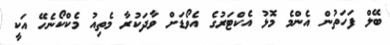
ބޭލް ފަހަތުން އެންމެ މޮޅު އެކްޓަރުގެ އެވޯޑަށް ވާދަކުރާ މެތިއު މެކްކޯނެހޭ އަކީ